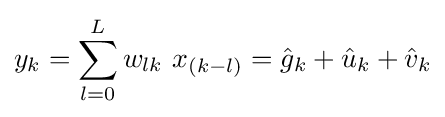
y_{k}=\sum _{l=0}^{L}w_{lk}\ x_{(k-l)}={\hat {g}}_{k}+{\hat {u}}_{k}+{\hat {v}}_{k}